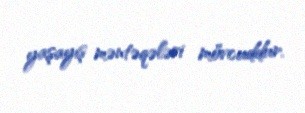
yaşayış məntəqələri mövcuddur.